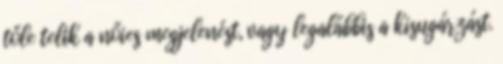
tőle telik a nőies megjelenést, vagy legalábbis a kisugárzást.